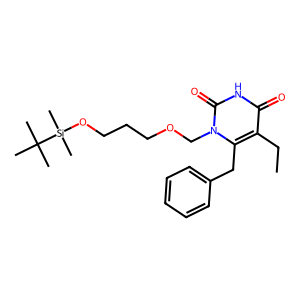
SMILES: CCc1c(Cc2ccccc2)n(COCCCO[Si](C)(C)C(C)(C)C)c(=O)[nH]c1=O
Inhibits HIV replication: No